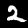
Label: 2